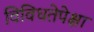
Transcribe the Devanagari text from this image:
विविधतेपेक्षा